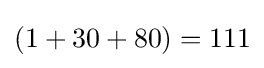
(1+30+80)=111